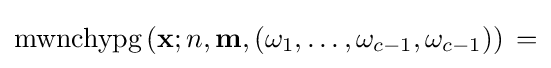
\operatorname {mwnchypg} \left(\mathbf {x} ;n,\mathbf {m} ,(\omega _{1},\ldots ,\omega _{c-1},\omega _{c-1})\right)\,=